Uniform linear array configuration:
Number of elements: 24
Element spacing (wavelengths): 0.25
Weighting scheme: cosine
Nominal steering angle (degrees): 30
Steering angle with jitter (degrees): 29.714
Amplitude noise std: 0.05
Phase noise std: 0.05

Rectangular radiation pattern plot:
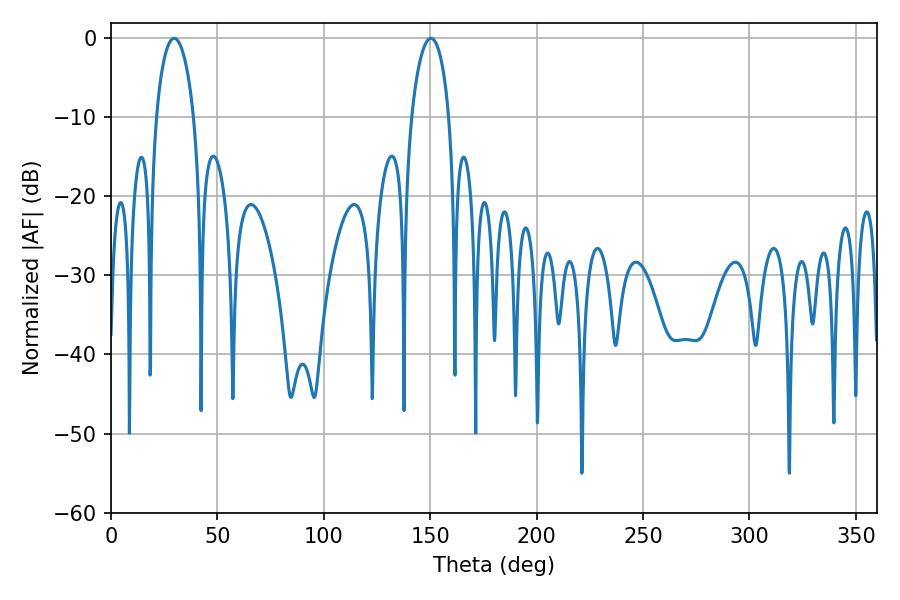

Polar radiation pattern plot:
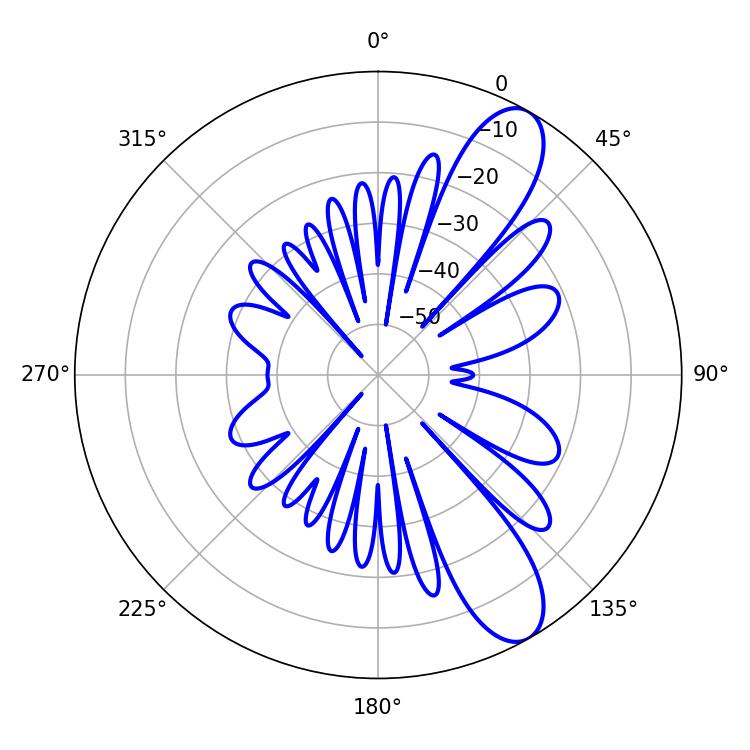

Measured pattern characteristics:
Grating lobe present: FALSE
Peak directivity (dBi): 10.197
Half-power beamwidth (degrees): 10.08
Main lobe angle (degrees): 29.7